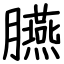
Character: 臙